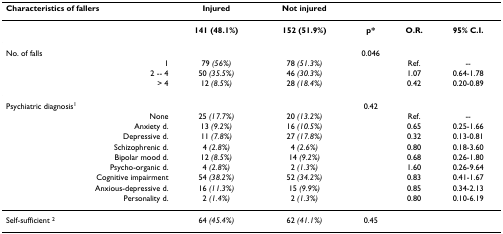
<table><thead><tr><td><b>Characteristics of fallers</b></td><td><b>Injured</b></td><td><b>Not injured</b></td><td></td><td></td><td></td></tr></thead><tbody><tr><td></td><td><b>141 (48.1%)</b></td><td><b>152 (51.9%)</b></td><td><b>p*</b></td><td><b>O.R.</b></td><td><b>95% C.I.</b></td></tr><tr><td>No. of falls</td><td></td><td></td><td>0.046</td><td></td><td></td></tr><tr><td>1</td><td>79 <i>(56%)</i></td><td>78 <i>(51.3%)</i></td><td></td><td>Ref.</td><td>--</td></tr><tr><td>2 -- 4</td><td>50 <i>(35.5%)</i></td><td>46 <i>(30.3%)</i></td><td></td><td>1.07</td><td>0.64-1.78</td></tr><tr><td>&gt; 4</td><td>12 <i>(8.5%)</i></td><td>28 <i>(18.4%)</i></td><td></td><td>0.42</td><td>0.20-0.89</td></tr><tr><td>Psychiatric diagnosis<sup>1</sup></td><td></td><td></td><td>0.42</td><td></td><td></td></tr><tr><td>None</td><td>25 <i>(17.7%)</i></td><td>20 <i>(13.2%)</i></td><td></td><td>Ref.</td><td>--</td></tr><tr><td>Anxiety d.</td><td>13 <i>(9.2%)</i></td><td>16 <i>(10.5%)</i></td><td></td><td>0.65</td><td>0.25-1.66</td></tr><tr><td>Depressive d.</td><td>11 <i>(7.8%)</i></td><td>27 <i>(17.8%)</i></td><td></td><td>0.32</td><td>0.13-0.81</td></tr><tr><td>Schizophrenic d.</td><td>4 <i>(2.8%)</i></td><td>4 <i>(2.6%)</i></td><td></td><td>0.80</td><td>0.18-3.60</td></tr><tr><td>Bipolar mood d.</td><td>12 <i>(8.5%)</i></td><td>14 <i>(9.2%)</i></td><td></td><td>0.68</td><td>0.26-1.80</td></tr><tr><td>Psycho-organic d.</td><td>4 <i>(2.8%)</i></td><td>2 <i>(1.3%)</i></td><td></td><td>1.60</td><td>0.26-9.64</td></tr><tr><td>Cognitive impairment</td><td>54 <i>(38.2%)</i></td><td>52 <i>(34.2%)</i></td><td></td><td>0.83</td><td>0.41-1.67</td></tr><tr><td>Anxious-depressive d.</td><td>16 <i>(11.3%)</i></td><td>15 <i>(9.9%)</i></td><td></td><td>0.85</td><td>0.34-2.13</td></tr><tr><td>Personality d.</td><td>2 <i>(1.4%)</i></td><td>2 <i>(1.3%)</i></td><td></td><td>0.80</td><td>0.10-6.19</td></tr><tr><td>Self-sufficient <sup>2</sup></td><td>64 <i>(45.4%)</i></td><td>62 <i>(41.1%)</i></td><td>0.45</td><td></td><td></td></tr></tbody></table>